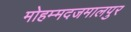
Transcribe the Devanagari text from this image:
मोहम्मदजमालपुर